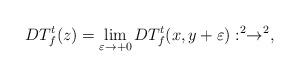
LaTeX: \begin{align*}DT_{f}^{t}(z)=\lim_{\varepsilon\to+0}DT_{f}^{t}(x,y+\varepsilon):\real^{2}\to\real^{2},\end{align*}